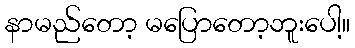
နာမည်တော့ မပြောတော့ဘူးပေါ့။